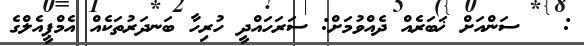
:   ސަންއަށް ޚަބަރެއް ދެއްވުމަށް: ސަރަހައްދީ ހުރިހާ ބަނދަރުތަކެއް އެމްޕީއެލްގެ